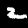
Label: 2